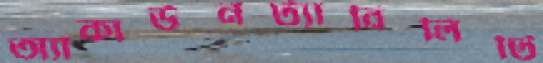
অ্যাকাউনট্যাবিলিটি